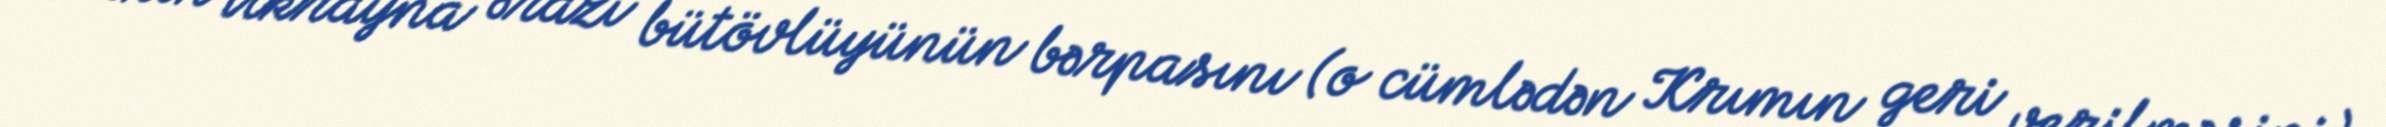
Lakin Ukrayna ərazi bütövlüyünün bərpasını (o cümlədən Krımın geri verilməsini)